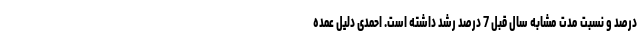
درصد و نسبت مدت مشابه سال قبل 7 درصد رشد داشته است. احمدی دلیل عمده